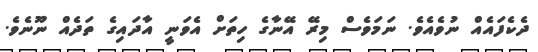
ދެކެފައެއް ނުވެއެވެ. ނަމަވެސް މިރޭ އޭނާގެ ހިތަށް އެވަނީ އާދައިގެ ތަދެއް ނޫނެވެ.